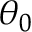
\theta _ { 0 }